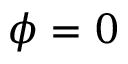
\phi = 0